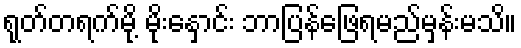
ရုတ်တရက်မို့ မိုးနှောင်း ဘာပြန်ဖြေရမည်မှန်းမသိ။